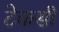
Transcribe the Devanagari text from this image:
टेकसी